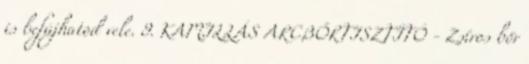
is befújhatod vele. 9. KAMILLÁS ARCBŐRTISZTÍTÓ - Zsíros bőr